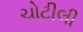
ચોટીલી